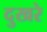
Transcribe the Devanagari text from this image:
दुखरे